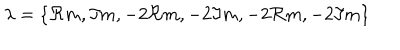
\lambda = \{ \Re m , \Im m , - 2 \Re m , - 2 \Im m , - 2 \Re m , - 2 \Im m \}